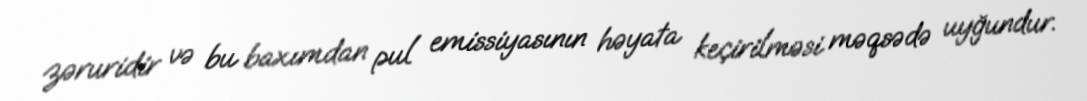
zəruridir və bu baxımdan pul emissiyasının həyata keçirilməsi məqsədə uyğundur.